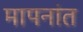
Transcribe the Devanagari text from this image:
मापनांत